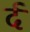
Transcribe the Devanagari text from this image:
र्द